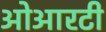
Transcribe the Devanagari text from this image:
ओआरटी